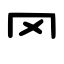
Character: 罓